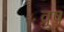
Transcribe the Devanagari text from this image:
व्रुष